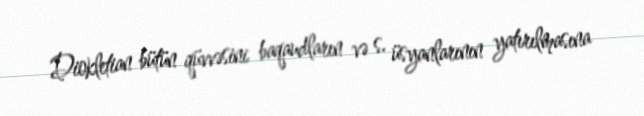
Diokletian bütün qüvvəsini baqaudların və s. üsyanlarının yatırılmasına